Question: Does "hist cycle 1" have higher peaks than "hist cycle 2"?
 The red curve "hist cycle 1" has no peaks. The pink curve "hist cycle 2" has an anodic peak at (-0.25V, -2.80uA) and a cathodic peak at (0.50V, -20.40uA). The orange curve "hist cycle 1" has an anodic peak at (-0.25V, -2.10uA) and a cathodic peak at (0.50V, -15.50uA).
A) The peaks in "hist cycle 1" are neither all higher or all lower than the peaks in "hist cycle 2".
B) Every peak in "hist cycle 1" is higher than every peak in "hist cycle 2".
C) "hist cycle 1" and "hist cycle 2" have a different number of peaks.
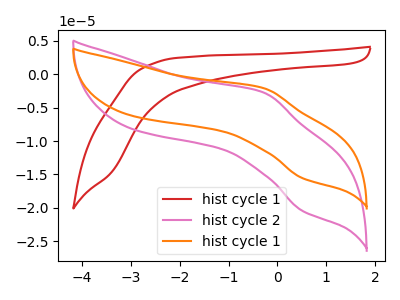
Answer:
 <answer>A) The peaks in "hist cycle 1" are neither all higher or all lower than the peaks in "hist cycle 2".</answer>
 <eval>A</eval>